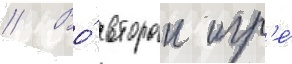
// Во́ второи игр'е́